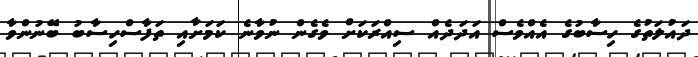
ދައުލަތުގެ ހިސާބުގެ އެއްވެސް އަދަދެއް ސިއްރަކަށް ވެގެން ނުވާނެ ކަމަށާއި ތަފާސްހިސާބު ބޭނުންވާ